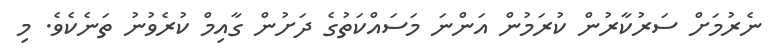
ނެރުމަށް ސަރުކާރުން ކުރަމުން އަންނަ މަސައްކަތުގެ ދަށުން ގާއިމް ކުރެވުނު ތަނެކެވެ. މި